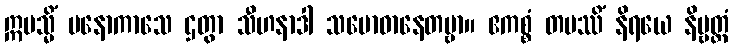
ဣမသ္မိံ ပနောကာသေ ဌတွာ သီဟနာဒါ သမောဓာနေတဗ္ဗာ။ ဧကစ္စံ တပဿိံ နိရယေ နိဗ္ဗတ္တံ